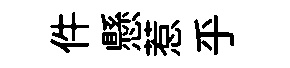
件懸惹乎